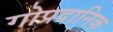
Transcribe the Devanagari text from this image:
गोप्रदानिक